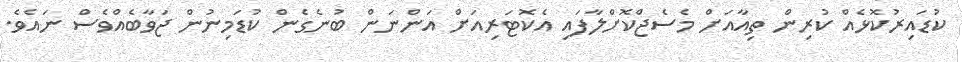
ކުޑައިރުކޮޅެއް ކުރިން ތިއާއަށް މެސެޖްކޮށްލާފައި އެކޮޓަރިއަށް އަންނަން ބުނެގެން ކުޑަމިނުން ޖަވާބެއްވެސް ނައެވެ.